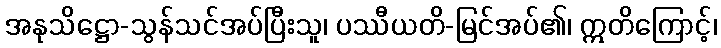
အနုသိဋ္ဌော-သွန်သင်အပ်ပြီးသူ၊ ပဿီယတိ-မြင်အပ်၏၊ ဣတိကြောင့်၊